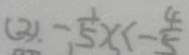
( 3 ) - \frac { 1 } { 5 } x < - \frac { 4 } { 5 }